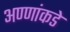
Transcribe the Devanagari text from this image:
अण्णांकडे